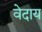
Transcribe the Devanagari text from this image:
वेदाय